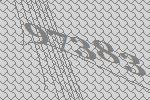
97383